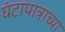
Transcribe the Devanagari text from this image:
घंटापात्राच्या